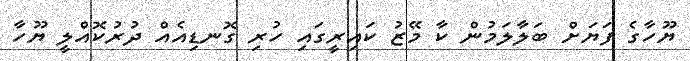
ޔޫހާގެ ފަޔަށް ބަލާލަމުން ކާ މޭޒު ކައިރީގައި ހުރި ގޮނޑިއެއް ދުރުކޮއްލީ ޔޫހާ